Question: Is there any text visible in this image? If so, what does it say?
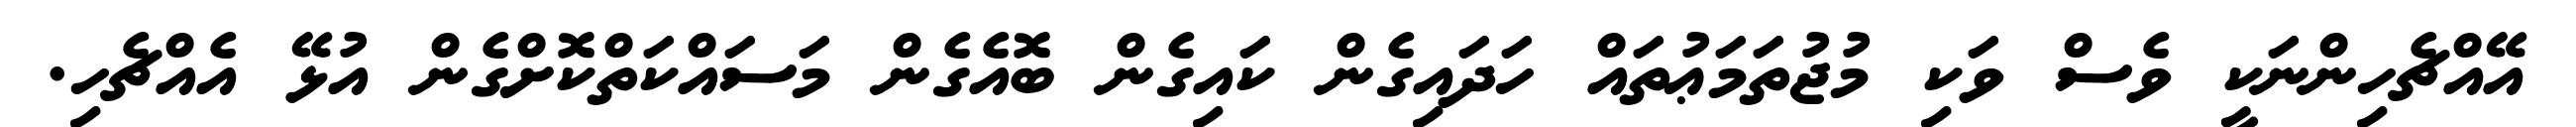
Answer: އޭއްޗެހިންނަކީ ވެސް ވަކި މުޖުތަމަޢުތައް ހަދައިގެން ކައިގެން ބޮއެގެން މަސައްކަތްކޮށްގެން އުޅޭ އެއްޗެހި.